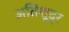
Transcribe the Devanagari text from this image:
अतिशू्द्र